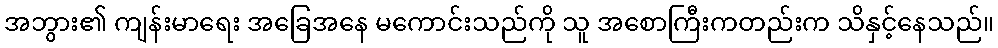
အဘွား၏ ကျန်းမာရေး အခြေအနေ မကောင်းသည်ကို သူ အစောကြီးကတည်းက သိနှင့်နေသည်။